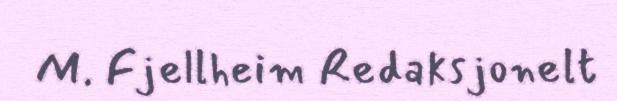
M. Fjellheim Redaksjonelt